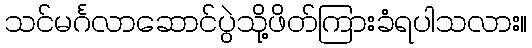
သင်မင်္ဂလာဆောင်ပွဲသို့ဖိတ်ကြားခံရပါသလား။